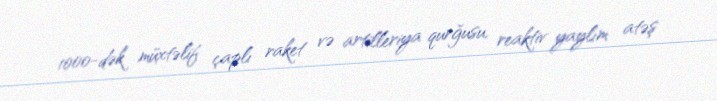
1000-dək müxtəlif çaplı raket və artilleriya qurğusu, reaktiv yaylım atəş